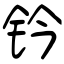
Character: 钤